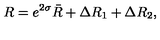
R = e ^ { 2 \sigma } \bar { R } + \Delta R _ { 1 } + \Delta R _ { 2 } ,